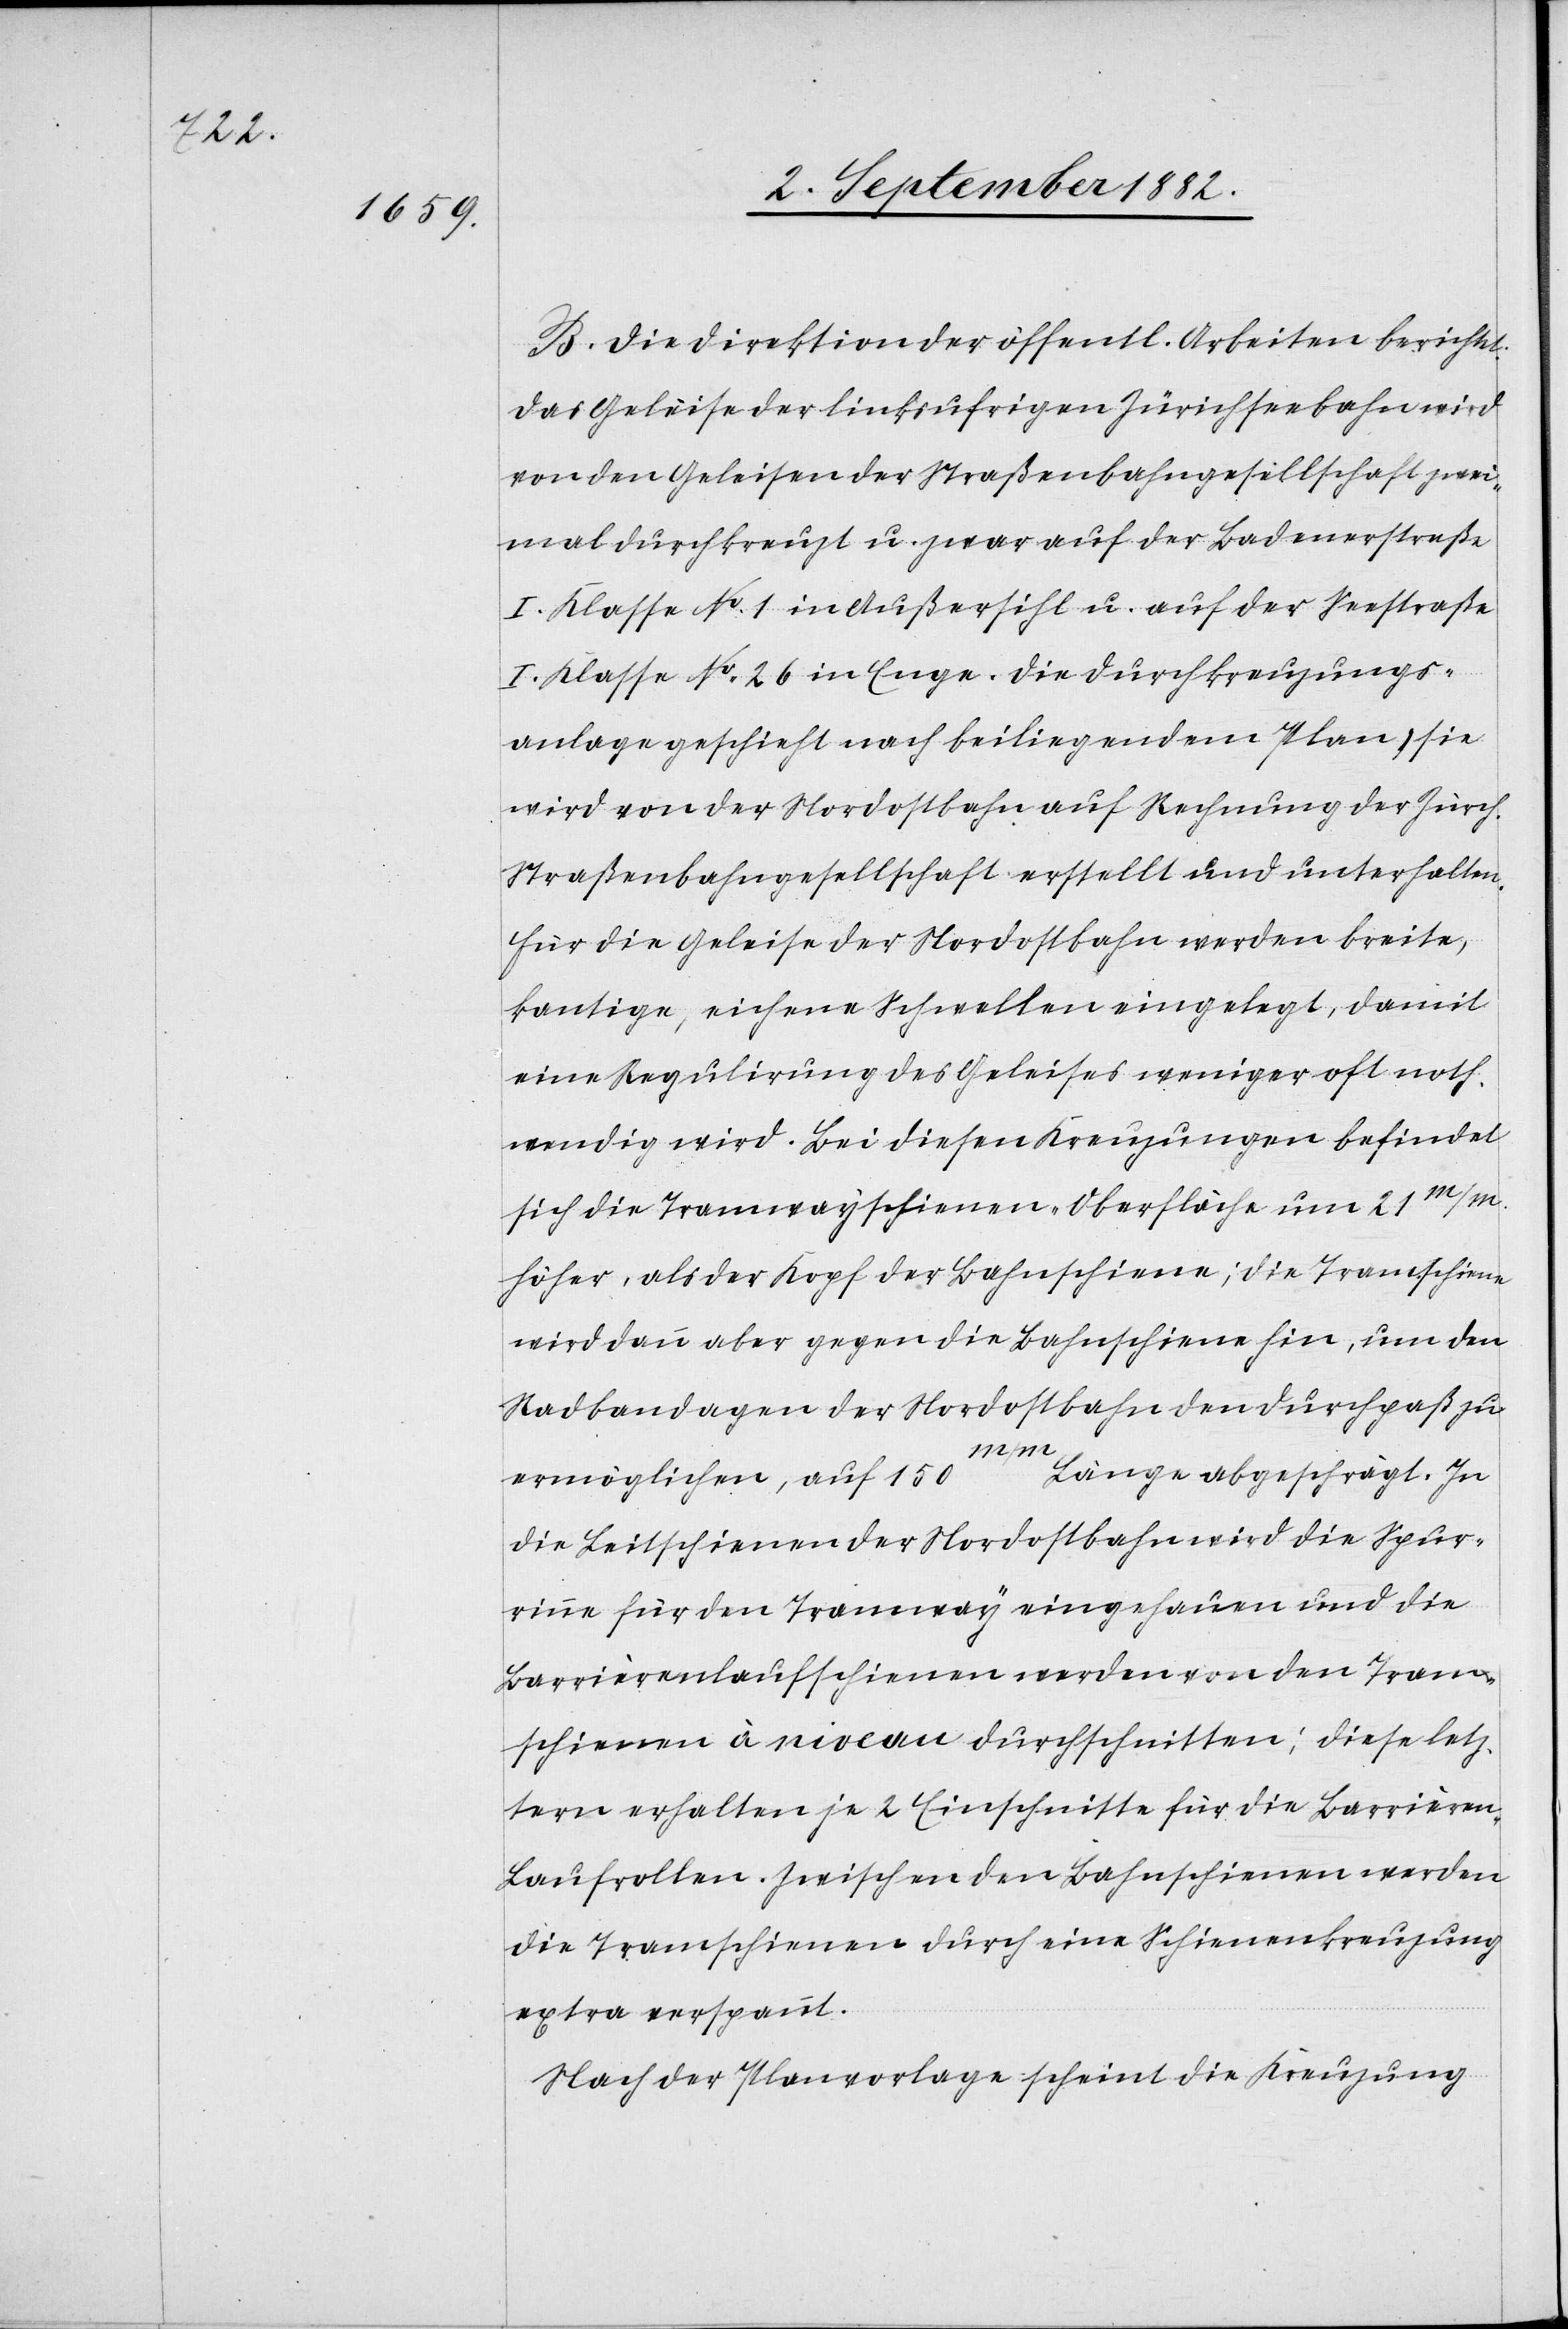
B. Die Direktion der öffentl. Arbeiten berichtet:
Das Geleise der linksufrigen Zürichseebahn wird
von den Geleisen der Straßenbahngesellschaft zwei¬
mal durchkreuzt u. zwar auf der Badenerstraße
I. Klasse No 1 in Außersihl u. auf der Seestraße
I. Klasse No 26 in Enge. Die Durchkreuzungs¬
anlage geschieht nach beiliegendem Plan; sie
wird von der Nordostbahn auf Rechnung der Zürch.
Straßenbahngesellschaft erstellt und unterhalten.
Für die Geleise der Nordostbahn werden breite,
kantige, eichene Schwellen eingelegt, damit
eine Regulirung des Geleises weniger oft noth¬
wendig wird. Bei diesen Kreuzungen befindet
sich die Tramwayschienen-Oberfläche um 21m/m.
höher, als der Kopf der Bahnschienen; die Tramschiene
wird dann aber gegen die Bahnschiene hin, um den
Radbandagen der Nordostbahn den Durchpaß zu
Länge abgeschrägt. In
ermöglichen, auf 150m/m
die Leitschienen der Nordostbahn wird die Spur¬
rinne für den Tramway eingehauen und die
Barrièrenlaufschienen werden von den Tram¬
schienen à niveau durchschnitten; diese letz¬
tere erhalten je 2 Einschnitte für die Barrièren-L¬
aufrollen. Zwischen den Bahnschienen werden
die Tramschienen durch eine Schienenkreuzung
extra verspannt.
Nach der Planvorlage scheint die Kreuzung